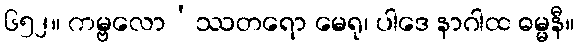
၆၅၂။ ကမ္ဗလော’ဿတရော မေရု၊ ပါဒေ နာဂါထ ဓမ္မနီ။